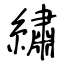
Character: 繡